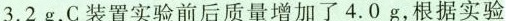
3.2g，C装置实验前后质量增加了4.0g，根据实验